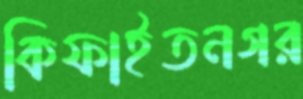
কিফাইতনগর